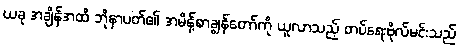
ယခု အချိန်အထိ ဘိုနာပတ်၏ အမိန့်စာချွန်တော်ကို ယူလာသည့် တပ်ရေးဗိုလ်မင်းသည်